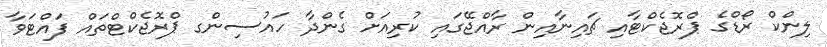
ލިންކް ރޯޑްގެ ޕްރޮޖެކްޓާއި ޗައިނާއިން ރާއްޖޭގައި ކުރިއަށް ގެންދާ ހައުސިންގ ޕްރޮޖެކްޓްތައް ފައްޓަވާ